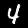
Digit: 4